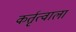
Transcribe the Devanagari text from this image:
कर्तृत्वाला